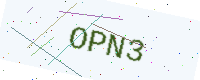
Text: OPN3